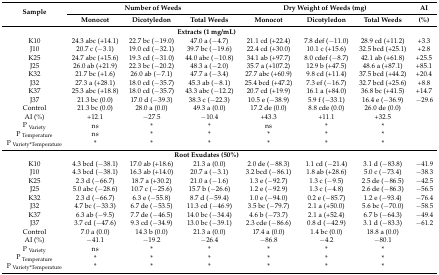
<table><thead><tr><td rowspan="2"><b>Sample</b></td><td colspan="3"><b>Number of Weeds</b></td><td colspan="3"><b>Dry Weight of Weeds (mg)</b></td><td><b>AI</b></td></tr><tr><td><b>Monocot</b></td><td><b>Dicotyledon</b></td><td><b>Total Weeds</b></td><td><b>Monocot</b></td><td><b>Dicotyledon</b></td><td><b>Total Weeds</b></td><td><b>(%)</b></td></tr></thead><tbody><tr><td colspan="7"><b>Extracts (1 mg/mL)</b></td><td></td></tr><tr><td>K10</td><td>24.3 abc (+14.1)</td><td>22.7 bc (−19.0)</td><td>47.0 a (−4.7)</td><td>21.1 cd (+22.4)</td><td>7.8 def (−11.0)</td><td>28.9 cd (+11.2)</td><td>+3.3</td></tr><tr><td>J10</td><td>20.7 c (−3.1)</td><td>19.0 cd (−32.1)</td><td>39.7 bc (−19.6)</td><td>22.4 cd (+30.0)</td><td>10.1 c (+15.6)</td><td>32.5 bcd (+25.1)</td><td>+2.8</td></tr><tr><td>K25</td><td>24.7 abc (+15.6)</td><td>19.3 cd (−31.0)</td><td>44.0 abc (−10.8)</td><td>34.1 ab (+97.7)</td><td>8.0 cdef (−8.7)</td><td>42.1 ab (+61.8)</td><td>+25.5</td></tr><tr><td>J25</td><td>26.0 ab (+21.9)</td><td>22.3 bc (−20.2)</td><td>48.3 a (−2.0)</td><td>35.7 a (+107.2)</td><td>12.9 b (+47.5)</td><td>48.6 a (+87.1)</td><td>+85.1</td></tr><tr><td>K32</td><td>21.7 bc (+1.6)</td><td>26.0 ab (−7.1)</td><td>47.7 a (−3.4)</td><td>27.7 abc (+60.9)</td><td>9.8 cd (+11.4)</td><td>37.5 bcd (+44.2)</td><td>+20.4</td></tr><tr><td>J32</td><td>27.3 a (+28.1)</td><td>18.0 cd (−35.7)</td><td>45.3 ab (−8.1)</td><td>25.4 bcd (+47.2)</td><td>7.3 ef (−16.7)</td><td>32.7 bcd (+25.6)</td><td>+8.8</td></tr><tr><td>K37</td><td>25.3 abc (+18.8)</td><td>18.0 cd (−35.7)</td><td>43.3 abc (−12.2)</td><td>20.7 cd (+19.9)</td><td>16.1 a (+84.0)</td><td>36.8 bc (+41.5)</td><td>+14.7</td></tr><tr><td>J37</td><td>21.3 bc (0.0)</td><td>17.0 d (−39.3)</td><td>38.3 c (−22.3)</td><td>10.5 e (−38.9)</td><td>5.9 f (−33.1)</td><td>16.4 e (−36.9)</td><td>−29.6</td></tr><tr><td>Control</td><td>21.3 bc (0.0)</td><td>28.0 a (0.0)</td><td>49.3 a (0.0)</td><td>17.2 de (0.0)</td><td>8.8 cde (0.0)</td><td>26.0 de (0.0)</td><td></td></tr><tr><td>AI (%)</td><td>+12.1</td><td>−27.5</td><td>−10.4</td><td>+43.3</td><td>+11.1</td><td>+32.5</td><td></td></tr><tr><td>P <sub>Variety</sub></td><td>ns</td><td>*</td><td>*</td><td>ns</td><td>*</td><td>*</td><td></td></tr><tr><td>P <sub>Temperature</sub></td><td>ns</td><td>*</td><td>*</td><td>*</td><td>*</td><td>*</td><td></td></tr><tr><td>P <sub>Variety*Temperature</sub></td><td>*</td><td>*</td><td>*</td><td>*</td><td>*</td><td>*</td><td></td></tr><tr><td colspan="7"><b>Root Exudates (50%)</b></td><td></td></tr><tr><td>K10</td><td>4.3 bcd (−38.1)</td><td>17.0 ab (+18.6)</td><td>21.3 a (0.0)</td><td>2.0 de (−88.3)</td><td>1.1 cd (−21.4)</td><td>3.1 d (−83.8)</td><td>−41.9</td></tr><tr><td>J10</td><td>4.3 bcd (−38.1)</td><td>16.3 ab (+14.0)</td><td>20.7 a (−3.1)</td><td>3.2 bcd (−86.1)</td><td>1.8 ab (+28.6)</td><td>5.0 c (−73.4)</td><td>−38.3</td></tr><tr><td>K25</td><td>2.3 d (−66.7)</td><td>18.7 a (+30.2)</td><td>21.0 a (−1.6)</td><td>1.3 e (−92.7)</td><td>1.3 c (−9.5)</td><td>2.5 de (−86.5)</td><td>−42.5</td></tr><tr><td>J25</td><td>5.0 abc (−28.6)</td><td>10.7 c (−25.6)</td><td>15.7 b (−26.6)</td><td>1.2 e (−92.9)</td><td>1.3 c (−4.8)</td><td>2.6 de (−86.3)</td><td>−56.5</td></tr><tr><td>K32</td><td>2.3 d (−66.7)</td><td>6.3 e (−55.8)</td><td>8.7 d (−59.4)</td><td>1.0 e (−94.0)</td><td>0.2 e (−85.7)</td><td>1.2 e (−93.4)</td><td>−76.4</td></tr><tr><td>J32</td><td>4.7 bc (−33.3)</td><td>6.7 de (−53.5)</td><td>11.3 cd (−46.9)</td><td>3.5 bc (−79.7)</td><td>2.1 a (+50.0)</td><td>5.6 bc (−70.0)</td><td>−58.5</td></tr><tr><td>K37</td><td>6.3 ab (−9.5)</td><td>7.7 de (−46.5)</td><td>14.0 bc (−34.4)</td><td>4.6 b (−73.7)</td><td>2.1 a (+52.4)</td><td>6.7 b (−64.3)</td><td>−49.4</td></tr><tr><td>J37</td><td>3.7 cd (−47.6)</td><td>9.3 cd (−34.9)</td><td>13.0 bc (−39.1)</td><td>2.3 cde (−86.6)</td><td>0.8 d (−42.9)</td><td>3.1 d (−83.3)</td><td>−61.2</td></tr><tr><td>Control</td><td>7.0 a (0.0)</td><td>14.3 b (0.0)</td><td>21.3 a (0.0)</td><td>17.4 a (0.0)</td><td>1.4 bc (0.0)</td><td>18.8 a (0.0)</td><td></td></tr><tr><td>AI (%)</td><td>−41.1</td><td>−19.2</td><td>−26.4</td><td>−86.8</td><td>−4.2</td><td>−80.1</td><td></td></tr><tr><td>P <sub>Variety</sub></td><td>ns</td><td>*</td><td>*</td><td>*</td><td>*</td><td>*</td><td></td></tr><tr><td>P <sub>Temperature</sub></td><td>*</td><td>*</td><td>*</td><td>*</td><td>*</td><td>*</td><td></td></tr><tr><td>P <sub>Variety*Temperature</sub></td><td>*</td><td>*</td><td>*</td><td>*</td><td>*</td><td>*</td><td></td></tr></tbody></table>